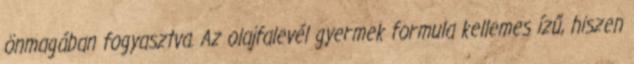
önmagában fogyasztva. Az olajfalevél gyermek formula kellemes ízű, hiszen